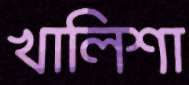
খালিশা